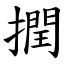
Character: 撋